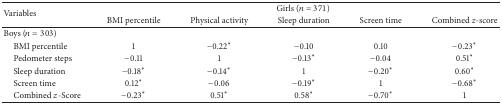
<table><thead><tr><td rowspan="2"><b>Variables</b></td><td colspan="5"><b>Girls (<i>n</i> = 371)</b></td></tr><tr><td><b>BMI percentile</b></td><td><b>Physical activity</b></td><td><b>Sleep duration</b></td><td><b>Screen time</b></td><td><b>Combined <i>z</i>-score</b></td></tr></thead><tbody><tr><td>Boys (<i>n</i> = 303)</td><td> </td><td> </td><td> </td><td> </td><td> </td></tr><tr><td> BMI percentile</td><td>1</td><td>−0.22*</td><td>−0.10</td><td>0.10</td><td>−0.23*</td></tr><tr><td> Pedometer steps</td><td>−0.11</td><td>1</td><td>−0.13*</td><td>−0.04</td><td>0.51*</td></tr><tr><td> Sleep duration</td><td>−0.18*</td><td>−0.14*</td><td>1</td><td>−0.20*</td><td>0.60*</td></tr><tr><td> Screen time </td><td>0.12*</td><td>−0.06</td><td>−0.19*</td><td>1</td><td>−0.68*</td></tr><tr><td> Combined <i>z</i>-Score</td><td>−0.23*</td><td>0.51*</td><td>0.58*</td><td>−0.70*</td><td>1</td></tr></tbody></table>